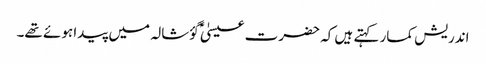
اندریش کمار کہتے ہیں کہ حضرت عیسیٰؑ گؤشالہ میں پیدا ہوئے تھے۔